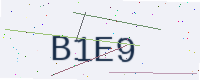
Text: B1E9